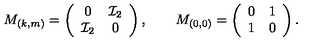
M _ { ( k , m ) } = \left( \begin{array} { c c } { 0 } & { { \cal I } _ { 2 } } \\ { { \cal I } _ { 2 } } & { 0 } \\ \end{array} \right) , \qquad M _ { ( 0 , 0 ) } = \left( \begin{array} { c c } { 0 } & { 1 } \\ { 1 } & { 0 } \\ \end{array} \right) .